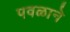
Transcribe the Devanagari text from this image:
पवळाने